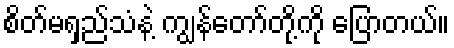
စိတ်မရှည်သံနဲ့ ကျွန်တော်တို့ကို ပြောတယ်။